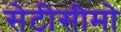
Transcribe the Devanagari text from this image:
सेटीसीमो